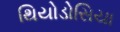
થિયોડોસિયા